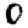
Digit: 0